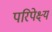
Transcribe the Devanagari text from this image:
परिपेक्ष्‍य